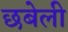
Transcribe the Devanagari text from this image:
छबेली